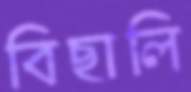
বিছালি